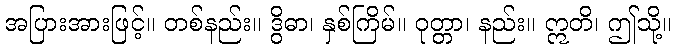
အပြားအားဖြင့်။ တစ်နည်း။ ဒွိဓာ၊ နှစ်ကြိမ်။ ဝုတ္တာ၊ နည်း။ ဣတိ၊ ဤသို့။